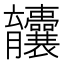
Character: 𫇄